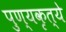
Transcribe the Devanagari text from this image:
पुण्यकृत्ये